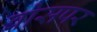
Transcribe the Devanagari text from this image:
वोसपर